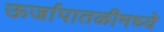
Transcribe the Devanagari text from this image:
ऊर्जापातळीमध्ये